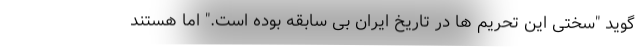
گوید "سختی این تحریم ها در تاریخ ایران بی سابقه بوده است." اما هستند